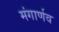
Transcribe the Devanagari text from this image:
मंगार्णव